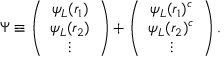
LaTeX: \Psi \equiv \left( \begin{array} { c } { { \psi _ { L } ( r _ { 1 } ) } } \\ { { \psi _ { L } ( r _ { 2 } ) } } \\ { { \vdots } } \end{array} \right) + \left( \begin{array} { c } { { { \psi _ { L } } ( r _ { 1 } ) ^ { c } } } \\ { { { \psi _ { L } } ( r _ { 2 } ) ^ { c } } } \\ { { \vdots } } \end{array} \right) .